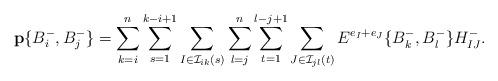
LaTeX: \begin{align*}\mathbf{p}\{B_i^-,B_j^-\}&=\sum_{k=i}^{n}\sum_{s=1}^{k-i+1}\sum_{I\in \mathcal{I}_{ik}(s)}\sum_{l=j}^{n}\sum_{t=1}^{l-j+1}\sum_{J\in \mathcal{I}_{jl}(t)} E^{e_I+e_J}\{B_k^-,B_l^-\}H_{IJ}^-.\end{align*}